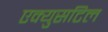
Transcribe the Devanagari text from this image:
एक्युसटिल